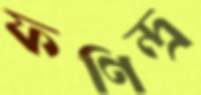
ফণিন্দ্র